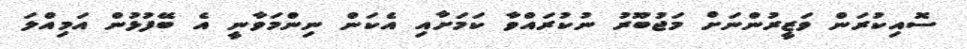
ސޮއިކުރަން ވަޒީރުންނަށް މަޖުބޫރު ނުކުރައްވާ ކަމަށާއި އެކަން ނިންމަވާނީ އެ ބޭފުޅުން އަމިއްލަ